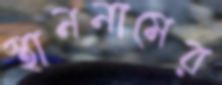
স্থাননামের